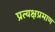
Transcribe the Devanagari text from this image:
प्रत्यक्षप्रमाण